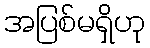
အပြစ်မရှိဟု